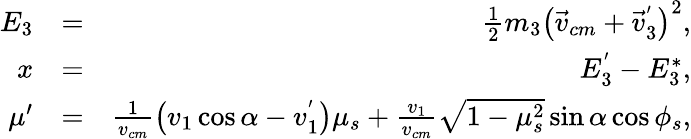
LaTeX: \begin{array}{rlr}{E_{3}}&{=}&{\frac{1}{2}m_{3}\left(\vec{v}_{cm}+\vec{v}_{3}^{'}\right)^{2},}\\ {x}&{=}&{E_{3}^{'}-E_{3}^{*},}\\ {\mu^{\prime}}&{=}&{\frac{1}{v_{cm}}\left(v_{1}\cos\alpha-v_{1}^{'}\right)\mu_{s}+\frac{v_{1}}{v_{cm}}\sqrt{1-\mu_{s}^{2}}\sin\alpha\cos\phi_{s},}\end{array}